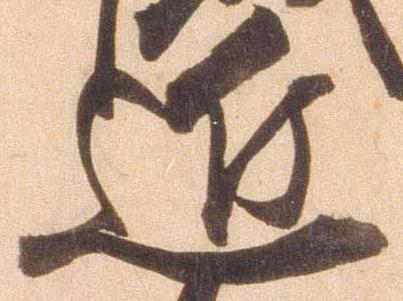
近